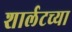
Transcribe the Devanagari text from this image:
शार्लटच्या